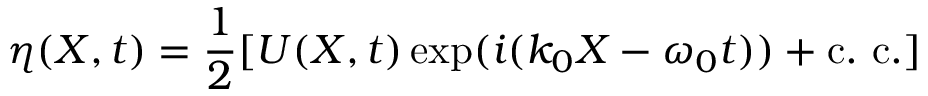
\eta ( X , t ) = \frac { 1 } { 2 } [ U ( X , t ) \exp ( i ( k _ { 0 } X - \omega _ { 0 } t ) ) + \mathrm { { c . ~ c . } } ]